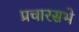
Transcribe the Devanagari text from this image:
प्रचारसभे